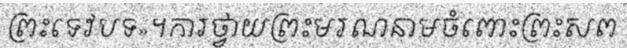
ព្រះទេវបទ»។ការថ្វាយព្រះមរណនាមចំពោះព្រះសព